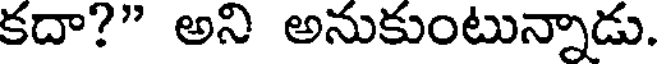
కదా?" అని అనుకుంటున్నాడు.